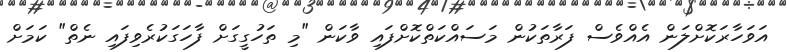
އަވަހާރަކޮށްލަން އެއްވެސް ފަރާތަކުން މަސައްކަތްކޮށްފައި ވާކަން "މި ތަހުގީގަށް ފާހަގަކުރެވިފައި ނެތް" ކަމަށް